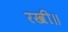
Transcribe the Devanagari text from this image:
रखी॥